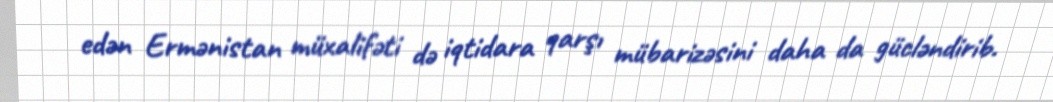
edən Ermənistan müxalifəti də iqtidara qarşı mübarizəsini daha da gücləndirib.